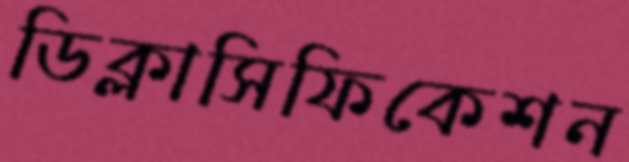
ডিক্লাসিফিকেশন